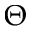
\Theta